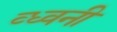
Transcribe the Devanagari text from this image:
व्ध्वनी